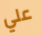
علي